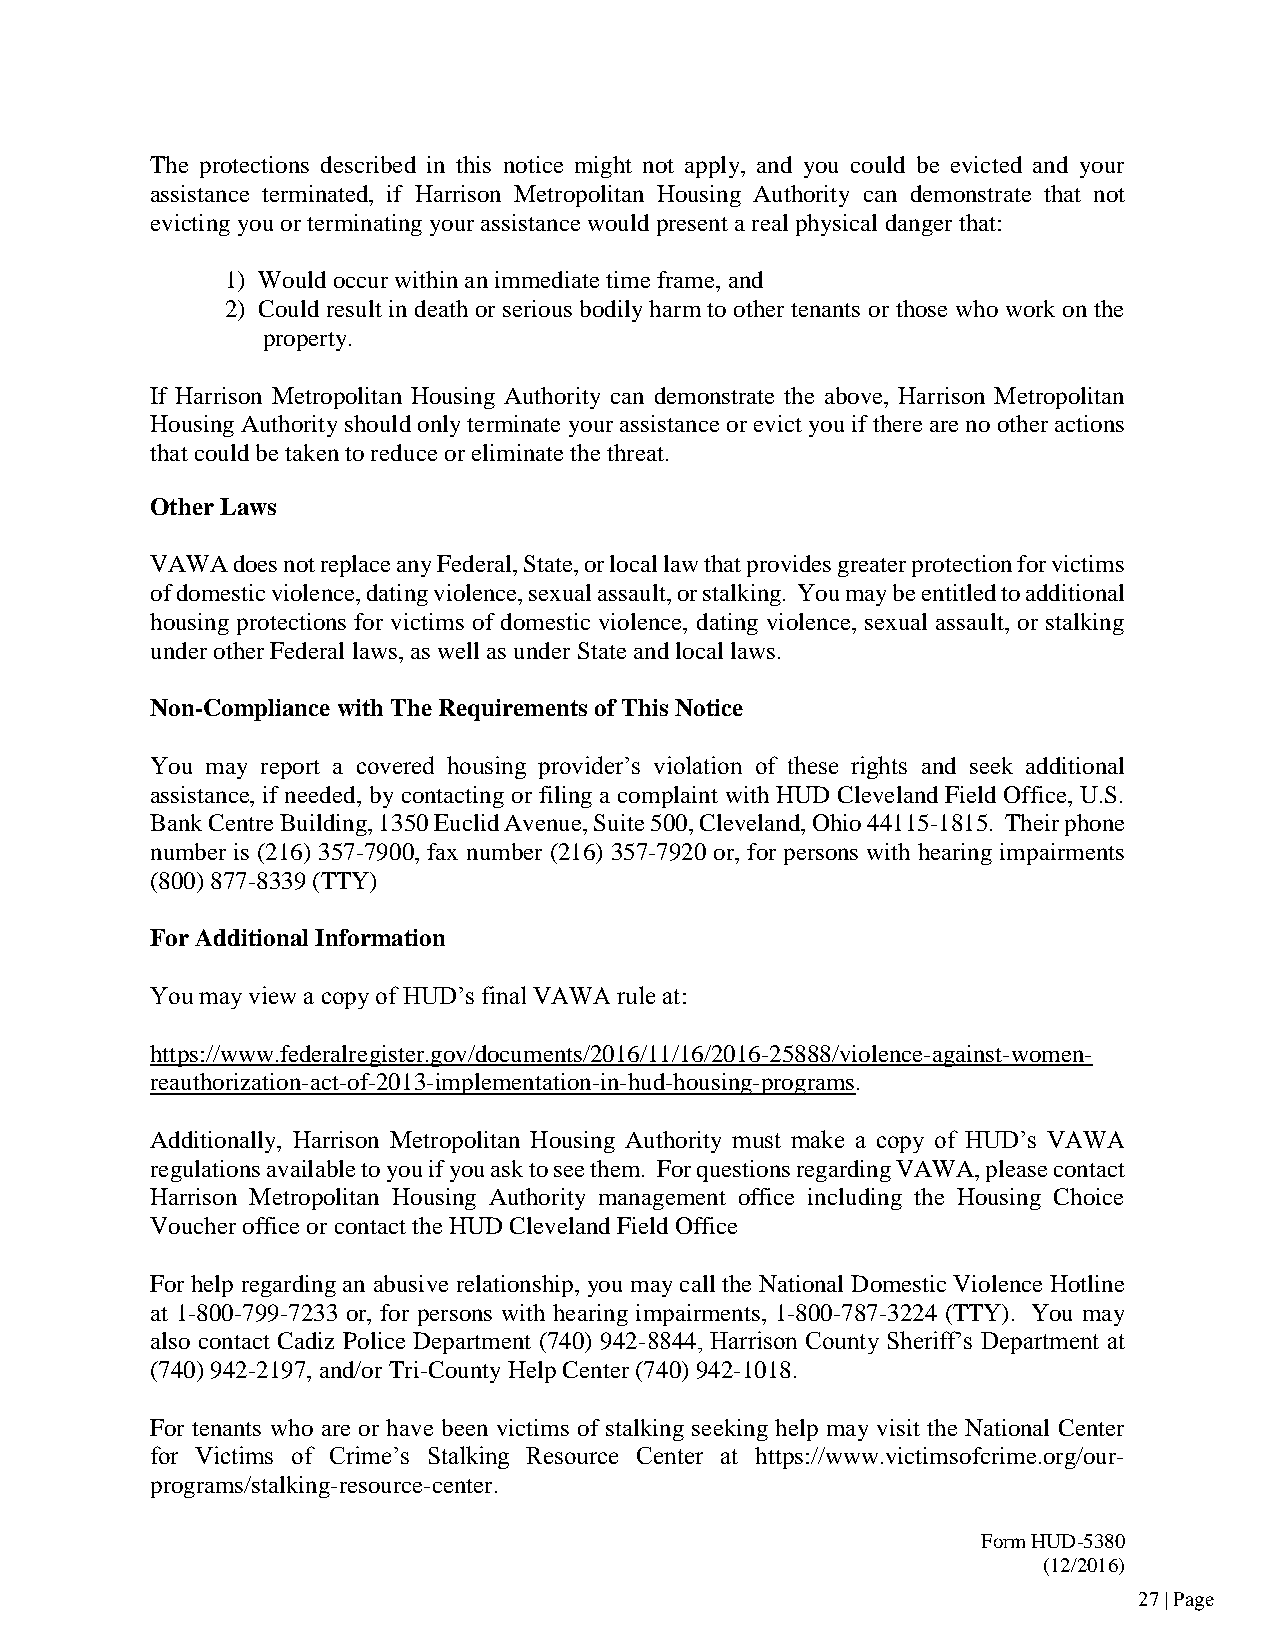
The protections described in this notice might not apply, and you could be evicted and your
 assistance terminated, if Harrison Metropolitan Housing Authority can demonstrate that not
 evicting you or terminating your assistance would present a real physical danger that:
 1) Would occur within an immediate time frame, and
 2) Could result in death or serious bodily harm to other tenants or those who work on the
 property.
 If Harrison Metropolitan Housing Authority can demonstrate the above, Harrison Metropolitan
 Housing Authority should only terminate your assistance or evict you if there are no other actions
 that could be taken to reduce or eliminate the threat.
 Other Laws
 VAWA does not replace any Federal, State, or local law that provides greater protection for victims
 of domestic violence, dating violence, sexual assault, or stalking. You may be entitled to additional
 housing protections for victims of domestic violence, dating violence, sexual assault, or stalking
 under other Federal laws, as well as under State and local laws.
 Non-Compliance with The Requirements of This Notice
 You may report a covered housing provider’s violation of these rights and seek additional
 assistance, if needed, by contacting or filing a complaint with HUD Cleveland Field Office, U.S.
 Bank Centre Building, 1350 Euclid Avenue, Suite 500, Cleveland, Ohio 44115-1815. Their phone
 number is (216) 357-7900, fax number (216) 357-7920 or, for persons with hearing impairments
 (800)877-8339 (TTY)
 For Additional Information
 You may view a copy of HUD’s final VAWA rule at:
 https://www.federalregister.gov/documents/2016/11/16/2016-25888/violence-against-women-
 reauthorization-act-of-2013-implementation-in-hud-housing-programs.
 Additionally, Harrison Metropolitan Housing Authority must make a copy of HUD’s VAWA
 regulations available to you if you ask to see them. For questions regarding VAWA, please contact
 Harrison Metropolitan Housing Authority management office including the Housing Choice
 Voucher office or contact the HUD Cleveland Field Office
 For help regarding an abusive relationship, you may call the National Domestic Violence Hotline
 at 1-800-799-7233 or, for persons with hearing impairments, 1-800-787-3224 (TTY). You may
 also contact Cadiz Police Department (740) 942-8844, Harrison County Sheriff’s Department at
 (740)942-2197, and/or Tri-County Help Center (740) 942-1018.
 For tenants who are or have been victims of stalking seeking help may visit the National Center
 for Victims of Crime’s Stalking Resource Center at https://www.victimsofcrime.org/our-
 programs/stalking-resource-center.
 Form HUD-5380
 (12/2016)
 27 | Page